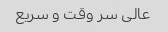
عالی سر وقت و سریع